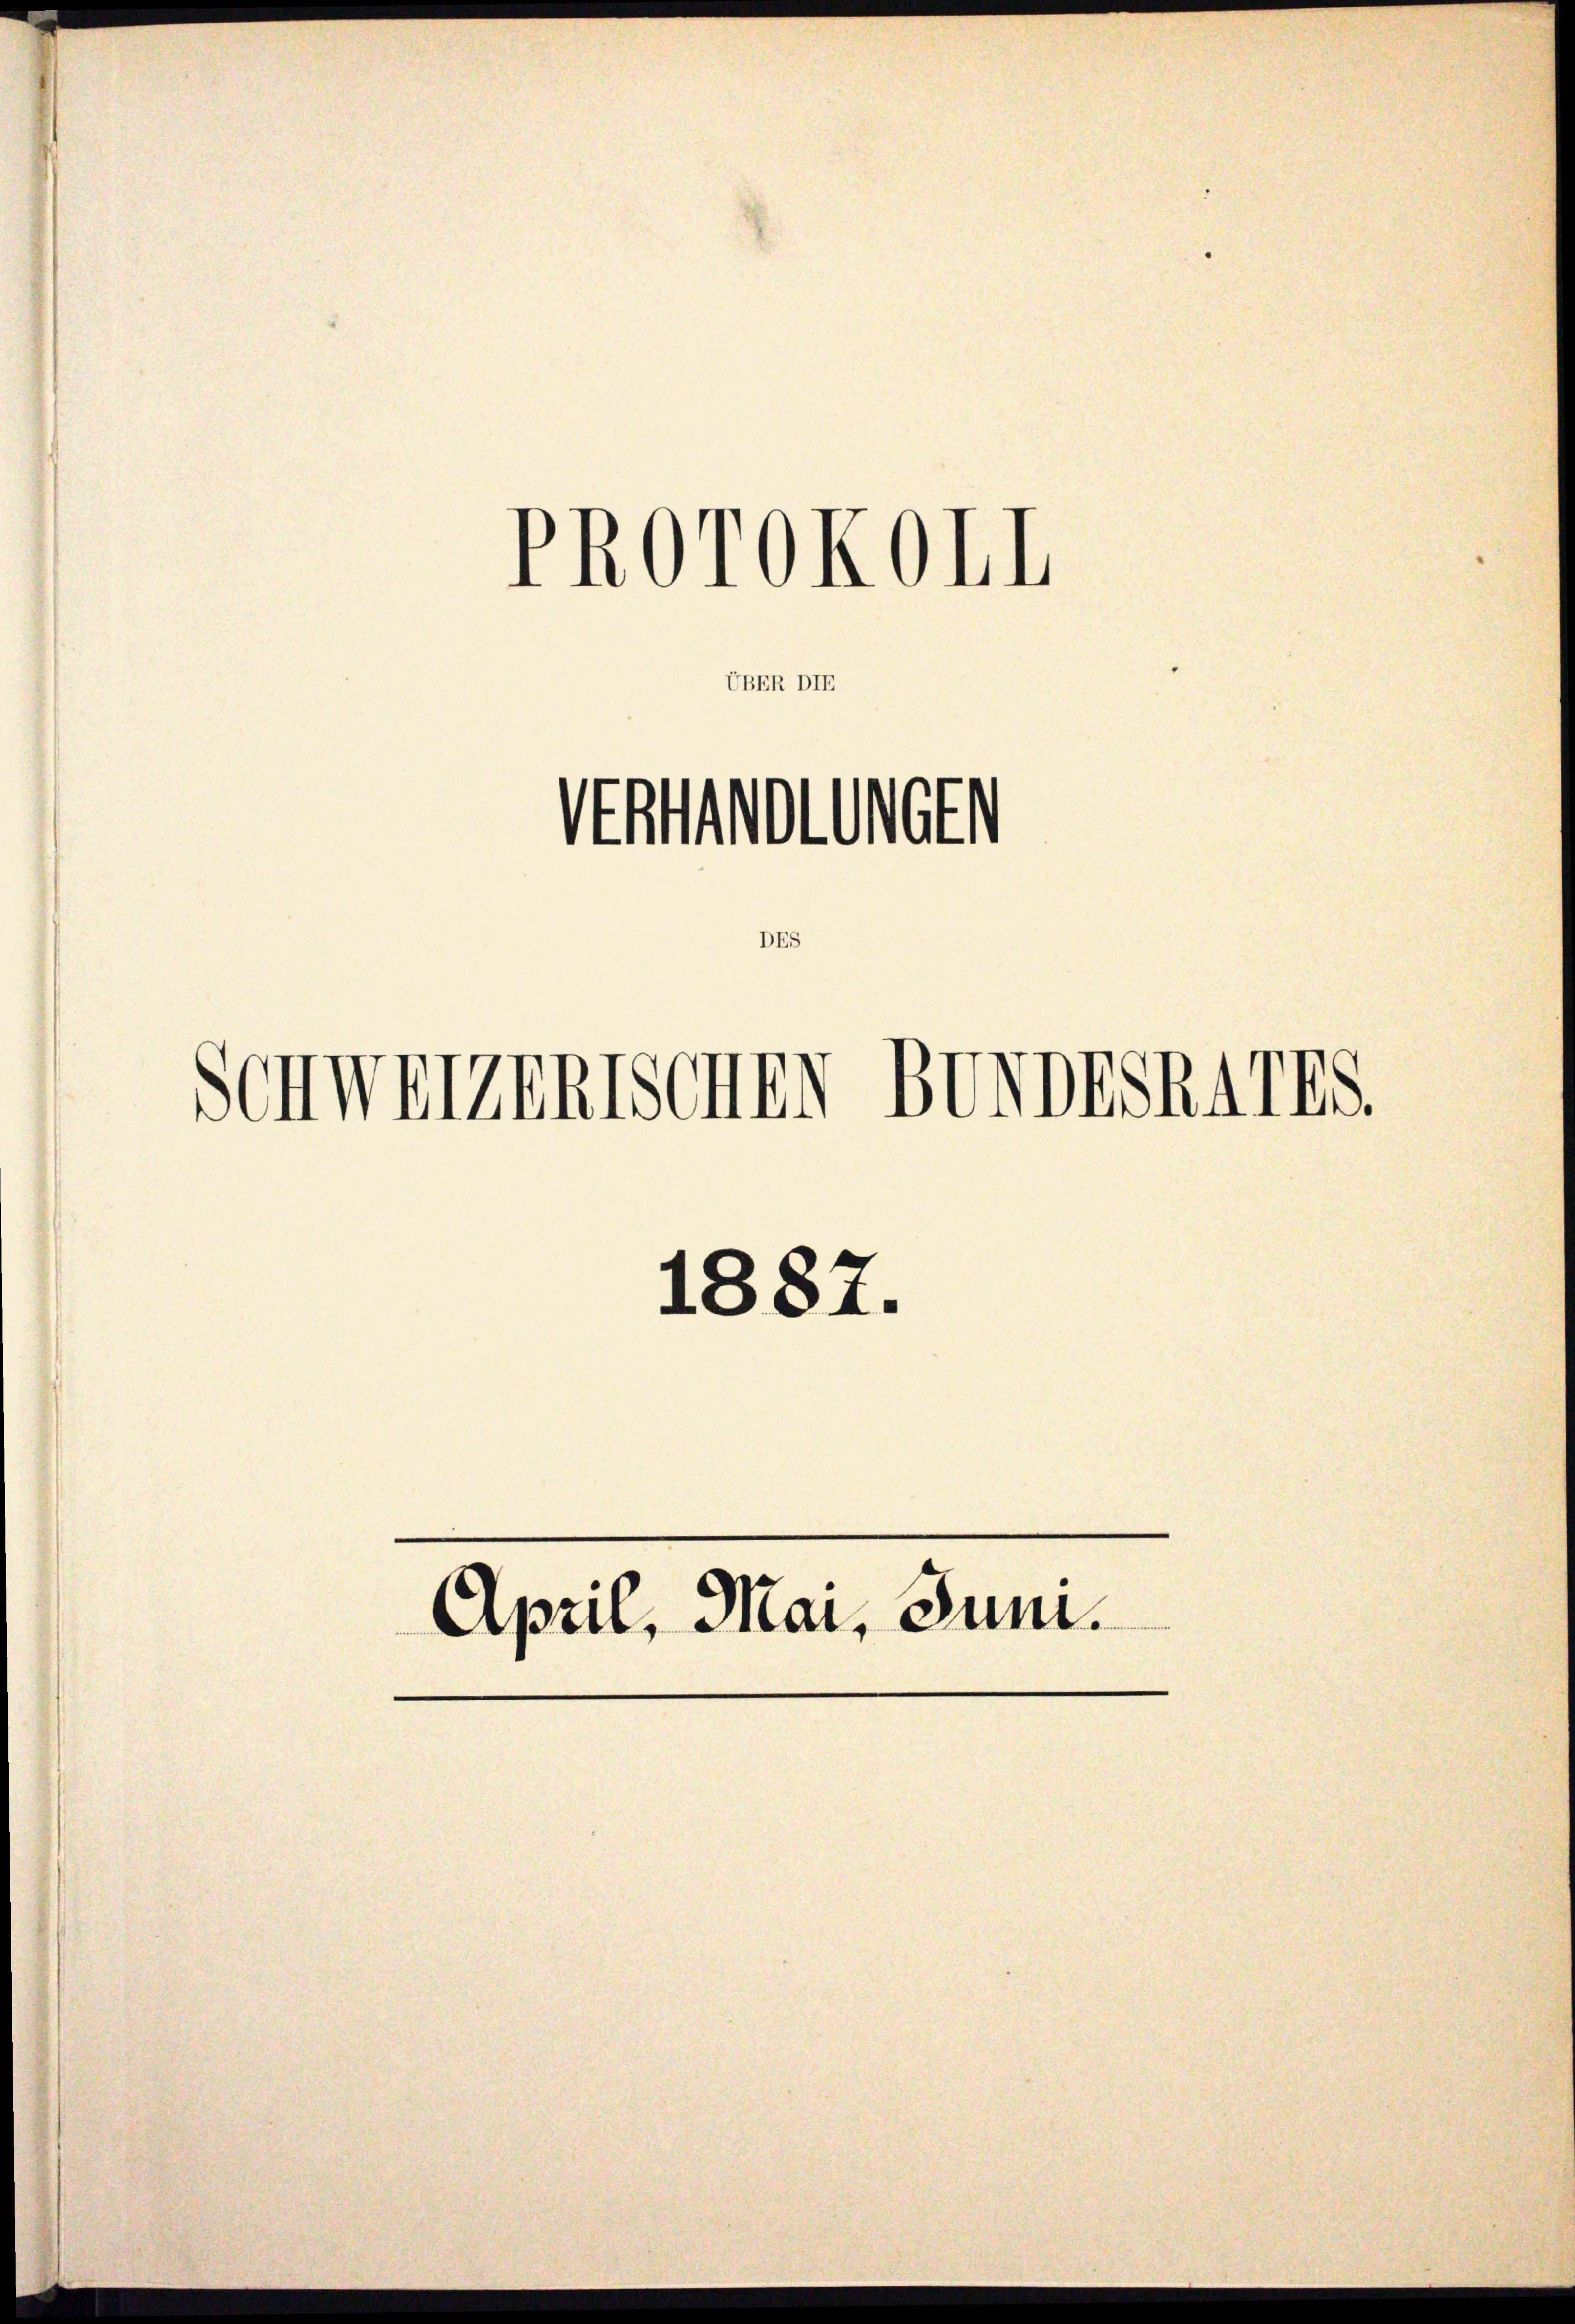
PROrOKOHI
Stollen
DES
SchweizenTSCHEN BUNDESRAIIS.
1887.
April, Mai, Juni.

UBER DIE